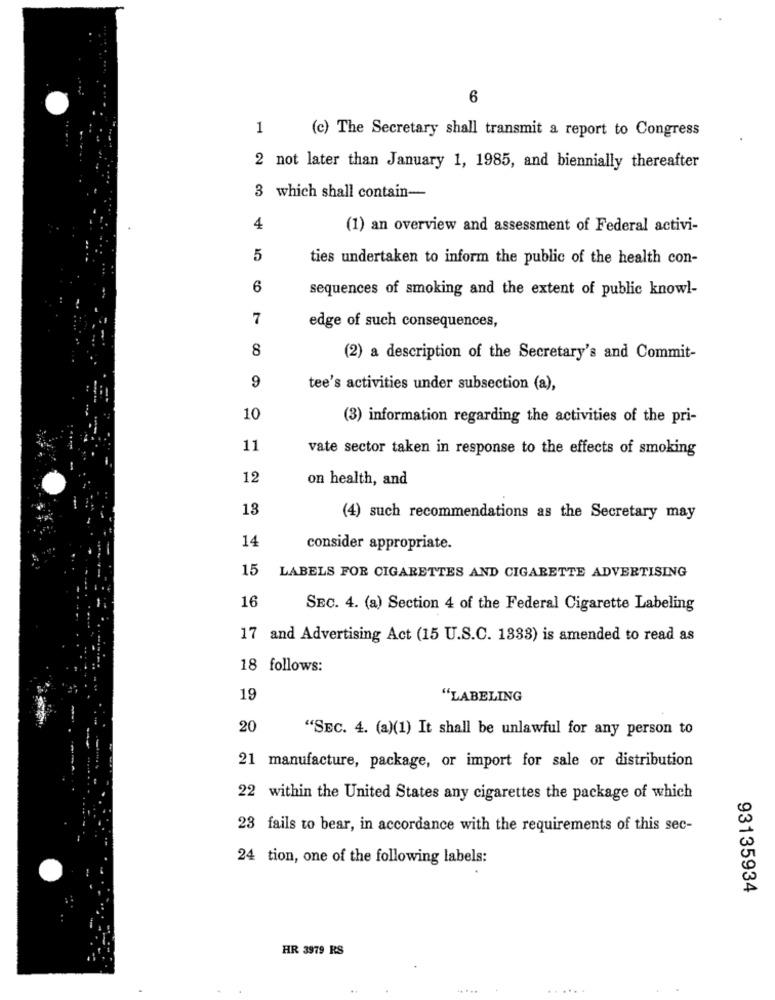
6
1
(c) The Secretary shall transmit a report to Congress
2 not later than January 1, 1985, and biennially thereafter
3 which shall contain-
4
(1) an overview and assessment of Federal activi-
5
ties undertaken to inform the public of the health con-
6
sequences of smoking and the extent of public knowl-
7
edge of such consequences,
8
(2) a description of the Secretary's and Commit-
9
tee's activities under subsection (a),
10
(3) information regarding the activities of the pri-
11
vate sector taken in response to the effects of smoking
12
on health, and
13
(4) such recommendations as the Secretary may
14
consider appropriate.
15
LABELS FOR CIGARETTES AND CIGARETTE ADVERTISING
16
SEC. 4. (a) Section 4 of the Federal Cigarette Labeling
17 and Advertising Act (15 U.S.C. 1333) is amended to read as
18 follows:
19
"LABELING
20
"SEC. 4. (a)(1) It shall be unlawful for any person to
21 manufacture, package, or import for sale or distribution
22 within the United States any cigarettes the package of which
23 fails to bear, in accordance with the requirements of this sec-
24 tion, one of the following labels:
93135934
HR 3979 RS
....